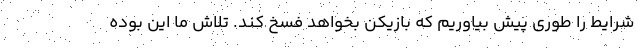
شرایط را طوری پیش بیاوریم که بازیکن بخواهد فسخ کند. تلاش ما این بوده